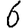
Digit: 6